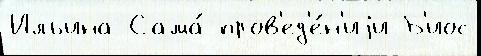
Ильина Сама́ пров'ед'е́н'иjи Б'иос